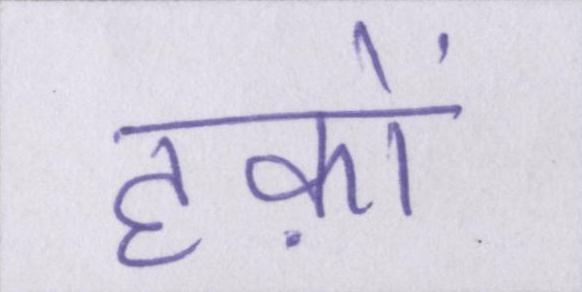
हक़ों